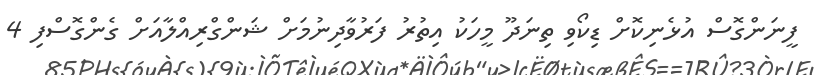
ފީނަންގޮސް އުޅެނިކޮށް ޑިކޯވި ތިނަދޫ މީހަކު އިތުރު ފަރުވާދިނުމަށް ޝަންގްރިއްލާއަށް ގެންގޮސްފި 4